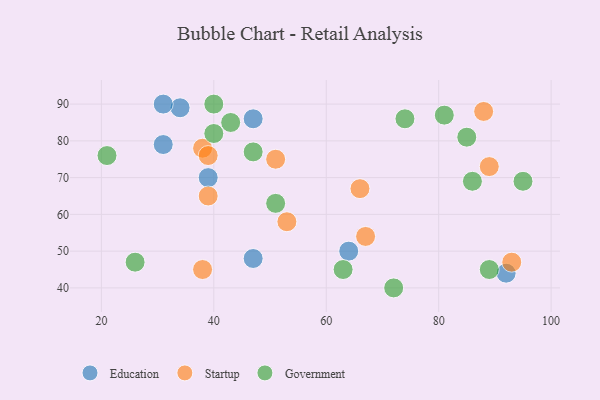
{"axis": {"x": "GDP", "y": "Life Expectancy"}, "legend": ["Education", "Government", "Startup"], "data": [{"x": "34", "y": 89, "type": "Education"}, {"x": "47", "y": 86, "type": "Education"}, {"x": "31", "y": 79, "type": "Education"}, {"x": "39", "y": 70, "type": "Education"}, {"x": "64", "y": 50, "type": "Education"}, {"x": "47", "y": 48, "type": "Education"}, {"x": "92", "y": 44, "type": "Education"}, {"x": "31", "y": 90, "type": "Education"}, {"x": "38", "y": 78, "type": "Startup"}, {"x": "89", "y": 73, "type": "Startup"}, {"x": "93", "y": 47, "type": "Startup"}, {"x": "39", "y": 76, "type": "Startup"}, {"x": "66", "y": 67, "type": "Startup"}, {"x": "51", "y": 75, "type": "Startup"}, {"x": "53", "y": 58, "type": "Startup"}, {"x": "88", "y": 88, "type": "Startup"}, {"x": "39", "y": 65, "type": "Startup"}, {"x": "38", "y": 45, "type": "Startup"}, {"x": "67", "y": 54, "type": "Startup"}, {"x": "72", "y": 40, "type": "Government"}, {"x": "26", "y": 47, "type": "Government"}, {"x": "43", "y": 85, "type": "Government"}, {"x": "95", "y": 69, "type": "Government"}, {"x": "85", "y": 81, "type": "Government"}, {"x": "86", "y": 69, "type": "Government"}, {"x": "47", "y": 77, "type": "Government"}, {"x": "51", "y": 63, "type": "Government"}, {"x": "40", "y": 82, "type": "Government"}, {"x": "74", "y": 86, "type": "Government"}, {"x": "63", "y": 45, "type": "Government"}, {"x": "81", "y": 87, "type": "Government"}, {"x": "21", "y": 76, "type": "Government"}, {"x": "40", "y": 90, "type": "Government"}, {"x": "89", "y": 45, "type": "Government"}]}